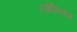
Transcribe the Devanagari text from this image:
लोफियस